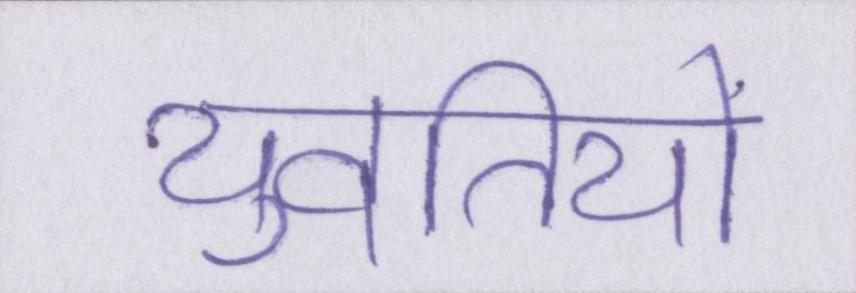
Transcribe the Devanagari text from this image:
युवतियों